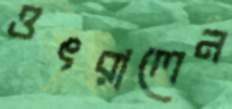
ওৎরালেন